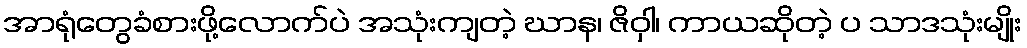
အာရုံတွေခံစားဖို့လောက်ပဲ အသုံးကျတဲ့ ဃာန၊ ဇိဝှါ၊ ကာယဆိုတဲ့ ပ သာဒသုံးမျိုး